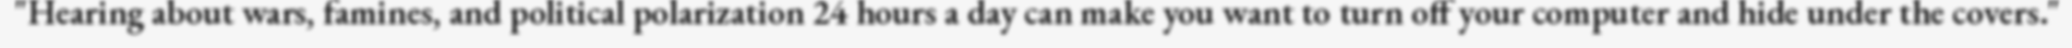
"Hearing about wars, famines, and political polarization 24 hours a day can make you want to turn off your computer and hide under the covers."